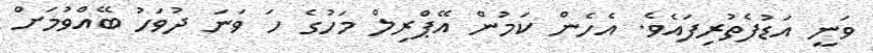
ވަނީ އަޑުފެތުރިފައެވެ. އެހެން ކަމުން އޭޕްރިލް މަހުގެ ހަ ވަނަ ދުވަހު ބޭއްވުމަށް